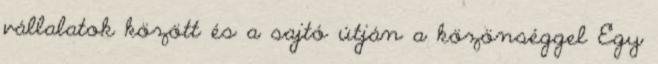
vállalatok között és a sajtó útján a közönséggel Egy